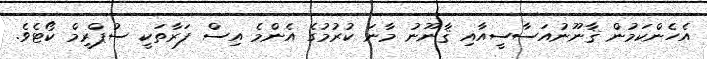
އެހެންކަމުން ޤާނޫނުއަސާސީއާއި ޤާނޫނު މާނަ ކުރުމުގެ އެންމެ އިސް ފަރާތަކީ ސުޕްރީމް ކޯޓެވެ.